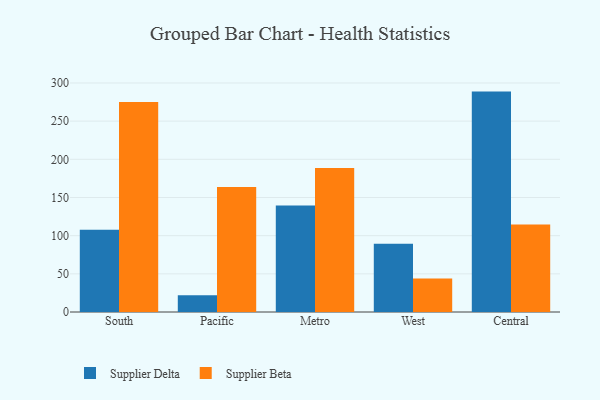
{"axis": {"x": "Region", "y": "Operating Costs (USD K)"}, "legend": ["Supplier Beta", "Supplier Delta"], "data": [{"x": "South", "y": 107.8, "type": "Supplier Delta"}, {"x": "South", "y": 275.0, "type": "Supplier Beta"}, {"x": "Pacific", "y": 21.9, "type": "Supplier Delta"}, {"x": "Pacific", "y": 163.7, "type": "Supplier Beta"}, {"x": "Metro", "y": 139.5, "type": "Supplier Delta"}, {"x": "Metro", "y": 188.5, "type": "Supplier Beta"}, {"x": "West", "y": 89.3, "type": "Supplier Delta"}, {"x": "West", "y": 43.8, "type": "Supplier Beta"}, {"x": "Central", "y": 288.7, "type": "Supplier Delta"}, {"x": "Central", "y": 114.7, "type": "Supplier Beta"}]}